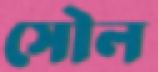
সৌল